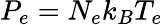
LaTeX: P_{e}=N_{e}{k_{B}}T_{e}